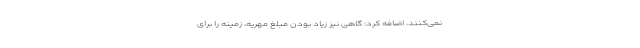
نمی‌کنند، اضافه کرد: گاهی نیز زیاد بودن مبلغ مهریه، زمینه را برای